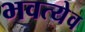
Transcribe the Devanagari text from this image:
भवत्येव